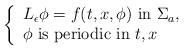
LaTeX: \begin{align*} \left\{ \begin{array}{l}L_{\epsilon} \phi = f(t,x,\phi) \hbox{ in } \Sigma_a, \\\phi \ \hbox{is periodic in} \ t,x \\\end{array}\right.\end{align*}